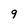
Character: 9